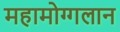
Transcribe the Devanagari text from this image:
महामोग्गलान